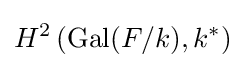
H^{2}\left(\operatorname {Gal} (F/k),k^{*}\right)